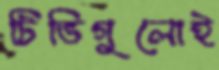
টিভিগুলোই